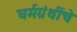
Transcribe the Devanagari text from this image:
घर्मग्रंथींचे